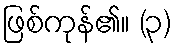
ဖြစ်ကုန်၏။ (၃)